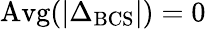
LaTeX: \mathrm{Avg}(|\Delta_{\mathrm{BCS}}|)=0